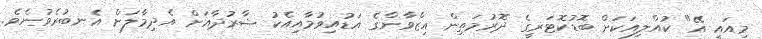
މިއައީ އޭ" ކުއްލިއަކަށް ބޮޑުކޮޓަރީގެ ދޮރުމަތިން އިޒްވާންގެ އަޑުއިވުމާއިއެކު ޝާރުދާއަށް އެދިމާލަށް އެނބުރެވުނެވެ.